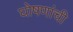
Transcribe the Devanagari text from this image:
घोषणांची